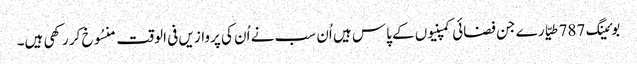
بوئینگ 787 طیّارے جن فضائی کمپنیوں کے پاس ہیں اُن سب نے اُن کی پروازیں فی الوقت منسُوخ کر رکھی ہیں۔